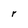
Character: r